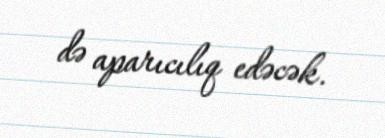
də aparıcılıq edəcək.